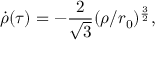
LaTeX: \dot { \rho } ( \tau ) = - \frac { 2 } { \sqrt { 3 } } ( \rho / r _ { 0 } ) ^ { \frac { 3 } { 2 } } ,